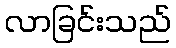
လာခြင်းသည်